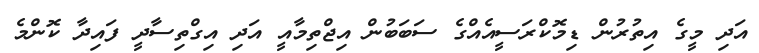
އަދި މީގެ އިތުރުން ޑިމޮކްރަސީއެއްގެ ސަބަބުން އިޖްތިމާއީ އަދި އިގްތިސާދީ ފައިދާ ކޮންމެ